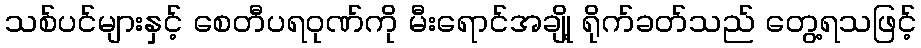
သစ်ပင်များနှင့် စေတီပရဝုဏ်ကို မီးရောင်အချို့ ရိုက်ခတ်သည် တွေ့ရသဖြင့်